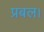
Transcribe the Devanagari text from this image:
प्रबल।